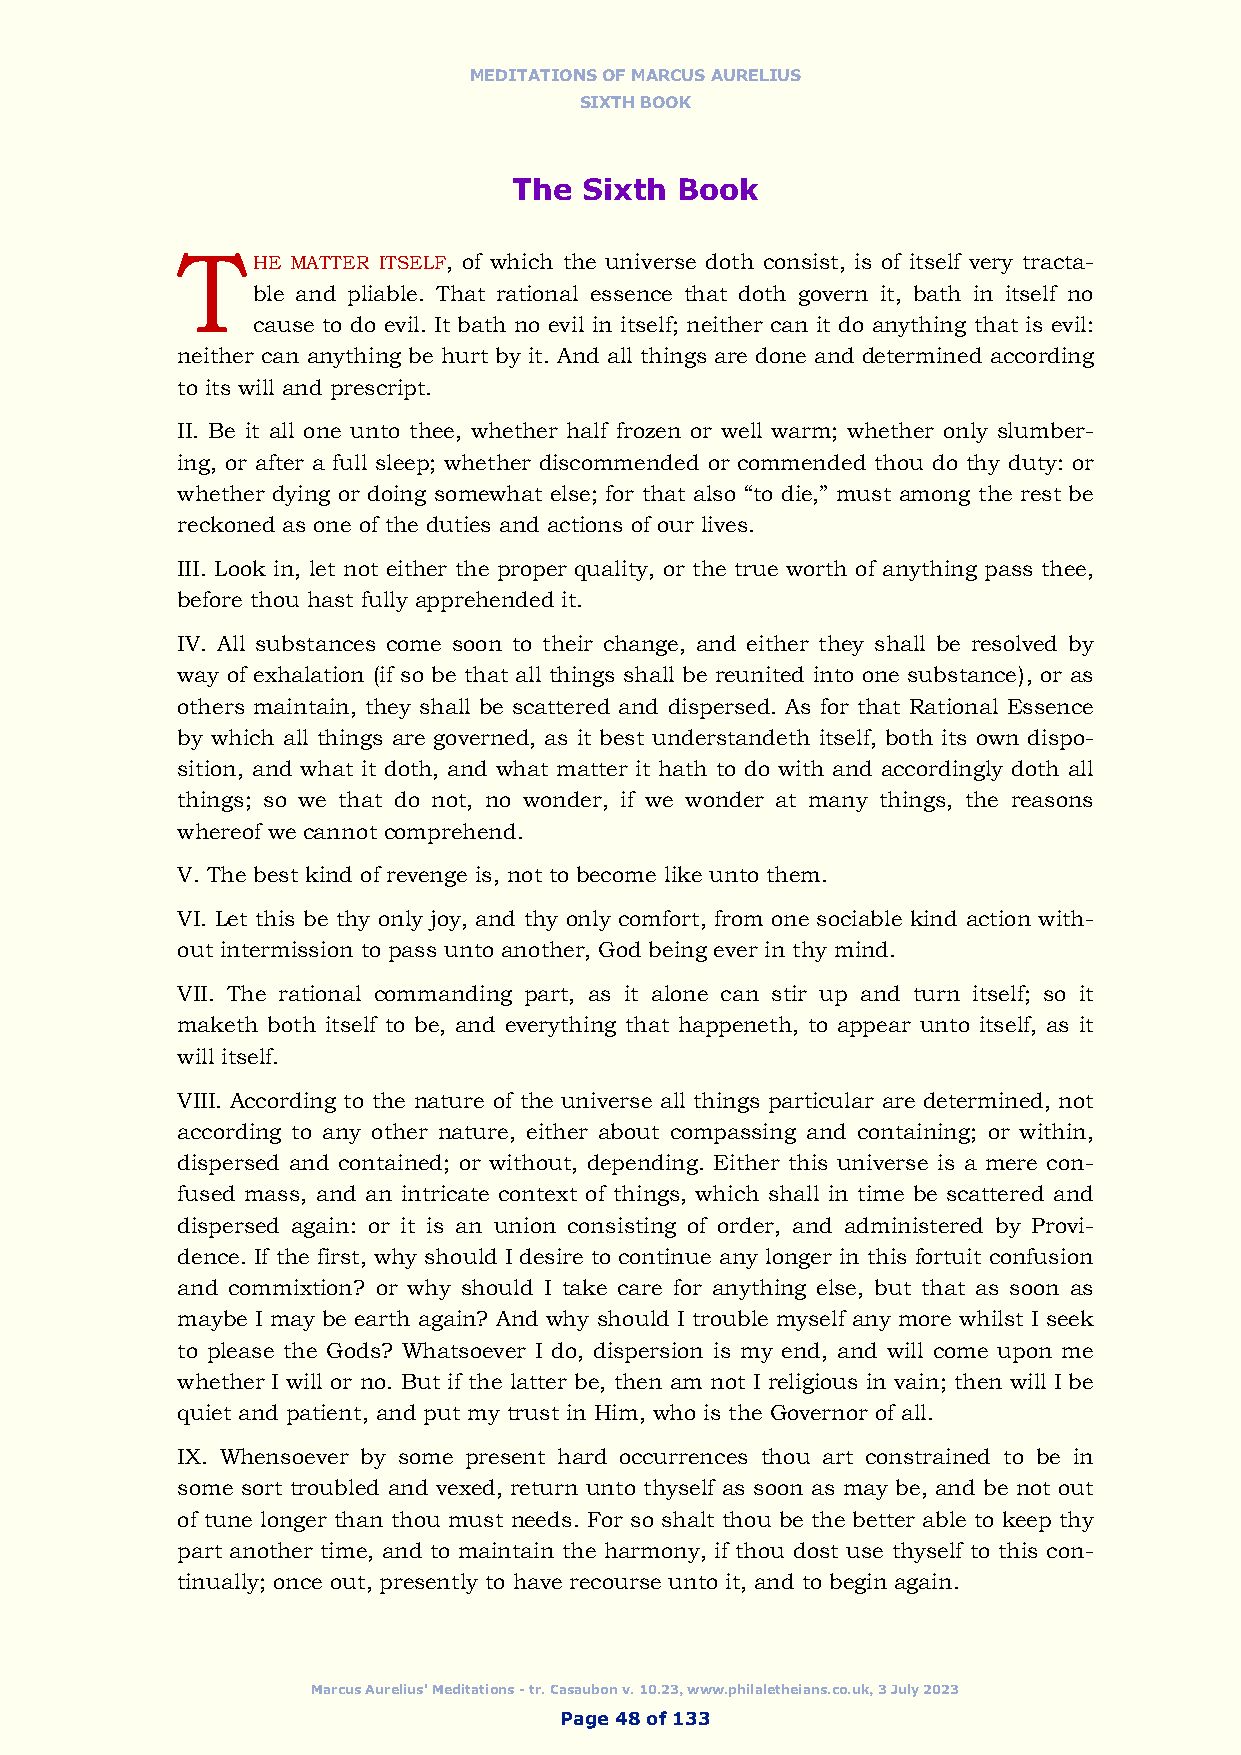
MEDITATIONS OF MARCUS AURELIUS
 SIXTH BOOK
 The  Sixth Book
 T
 HE MATTER ITSELF, of which the universe doth consist, is of itself very tracta-
 ble and pliable. That rational essence that doth govern it, bath in itself no
 cause to do evil. It bath no evil in itself; neither can it do anything that is evil:
 neither can anything be hurt by it. And all things are done and determined according
 to its will and prescript.
 II. Be it all one unto thee, whether half frozen or well warm; whether only slumber-
 ing, or after a full sleep; whether discommended or commended thou do thy duty: or
 whether dying or doing somewhat else; for that also “to die,” must among the rest be
 reckoned as one of the duties and actions of our lives.
 III. Look in, let not either the proper quality, or the true worth of anything pass thee,
 before thou hast fully apprehended it.
 IV. All substances come soon to their change, and either they shall be resolved by
 way of exhalation (if so be that all things shall be reunited into one substance), or as
 others maintain, they shall be scattered and dispersed. As for that Rational Essence
 by which all things are governed, as it best understandeth itself, both its own dispo-
 sition, and what it doth, and what matter it hath to do with and accordingly doth all
 things; so we that do not, no wonder, if we wonder at many things, the reasons
 whereof we cannot comprehend.
 V. The best kind of revenge is, not to become like unto them.
 VI. Let this be thy only joy, and thy only comfort, from one sociable kind action with-
 out intermission to pass unto another, God being ever in thy mind.
 VII. The rational commanding part, as it alone can stir up and turn itself; so it
 maketh both itself to be, and everything that happeneth, to appear unto itself, as it
 will itself.
 VIII. According to the nature of the universe all things particular are determined, not
 according to any other nature, either about compassing and containing; or within,
 dispersed and contained; or without, depending. Either this universe is a mere con-
 fused mass, and an intricate context of things, which shall in time be scattered and
 dispersed again: or it is an union consisting of order, and administered by Provi-
 dence. If the first, why should I desire to continue any longer in this fortuit confusion
 and commixtion? or why should I take care for anything else, but that as soon as
 maybe I may be earth again? And why should I trouble myself any more whilst I seek
 to please the Gods? Whatsoever I do, dispersion is my end, and will come upon me
 whether I will or no. But if the latter be, then am not I religious in vain; then will I be
 quiet and patient, and put my trust in Him, who is the Governor of all.
 IX. Whensoever by some present hard occurrences thou art constrained to be in
 some sort troubled and vexed, return unto thyself as soon as may be, and be not out
 of tune longer than thou must needs. For so shalt thou be the better able to keep thy
 part another time, and to maintain the harmony, if thou dost use thyself to this con-
 tinually; once out, presently to have recourse unto it, and to begin again.
 Marcus Aurelius' Meditations - tr. Casaubon v. 10.23, www.philaletheians.co.uk, 3 July 2023
 Page 48 of 133